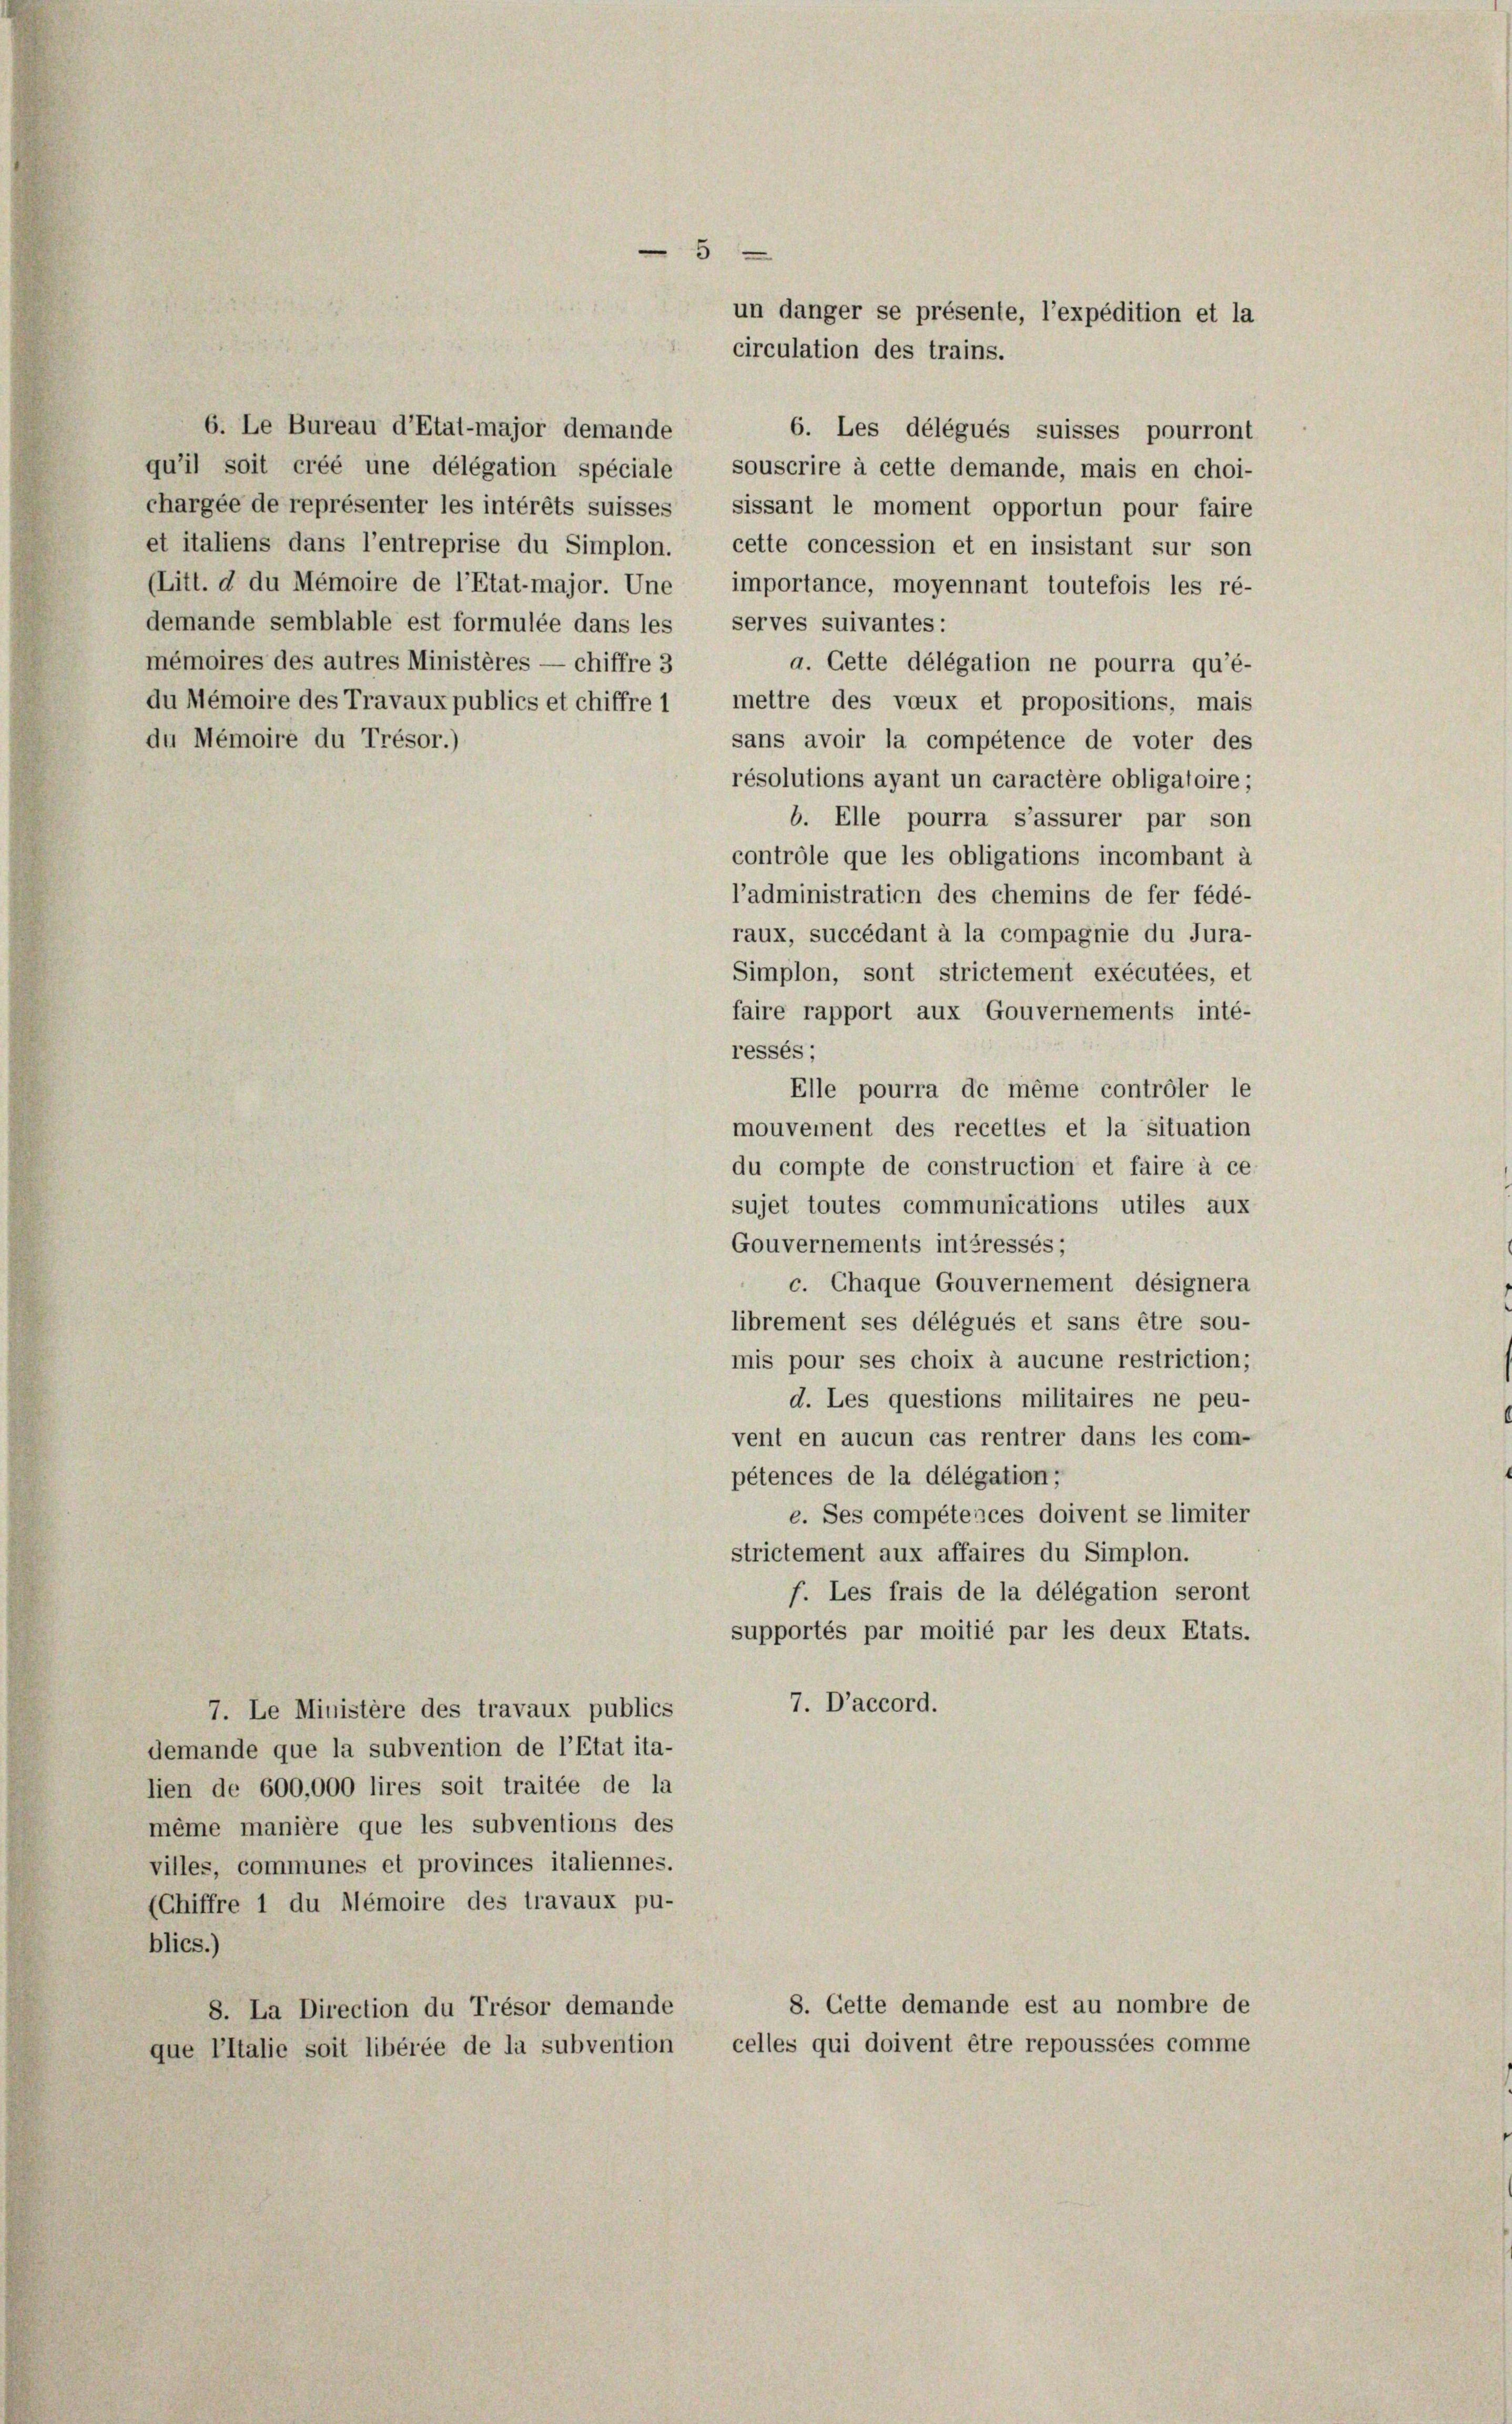
du Mémoire du Trésor.)

6. Les délégués suisses pourront
demande semblable est formulée dans les serves suivantes:
mémoires des autres Ministères — chiffre 3
a. Cette délégation ne pourra qu’é-
sans avoir la compétence de voter des
résolutions ayant un caractère obligatoire ;
b. Elle pourra s’assurer par son
contrôle que les obligations incombant à
l’administration des chemins de fer fédé-
raux, succédant à la compagnie du Jura-
Simplon, sont strictement exécutées, et
faire rapport aux Gouvernements inté-
ressés;
Elle pourra de même controler le
mouvement des recettes et la situation
du compte de construction et faire à ce-
sujet toutes communications utiles aux
Gouvernements intéressés;
c. Chaque Gouvernement désignera
librement ses délégués et sans être sou-
mis pour ses choix à aucune restriction;
d. Les questions militaires ne peu-
vent en aucun cas rentrer dans les com-
pétences de la délégation;
e. Ses compétences doivent se limiter
strictement aux affaires du Simplon.
f. Les frais de la délégation seront
supportés par moitié par les deux Etats.
7. D’accord.
7. Le Ministère des travaux publics
demande que la subvention de l’Etat ita-
lien de 600,000 lires soit traitée de la
même manière que les subventions des
villes, communes et provinces italiennes.
(Chiffre 1 du Mémoire des travaux pu-
blics.)
8. Cette demande est au nombre de
8. La Direction du Trésor demande
celles qui doivent être repoussées comme
que l’Italie soit libérée de la subvention

6. Le Bureau d’Etat-major demande

du Mémoire des Travaux publics et chiffre 1 mettre des voeux et propositions, mais

un danger se présente, l’expédition et la
circulation des trains.
qu’il soit créé une délégation spéciale, souscrire à cette demande, mais en choi-
chargée de représenter les intérêts suisses, sissant le moment opportun pour faire
et italiens dans l’entreprise du Simplon. cette concession et en insistant sur son
(Litt. d du Mémoire de l’Etat-major. Une importance, moyennant toutefois les ré-